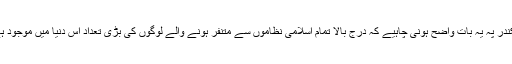
سکندر پہ یہ بات واضح ہونی چاہیے کہ درج بالا تمام اسلامی نظاموں سے متنفر ہونے والے لوگوں کی بڑی تعداد اس دنیا میں موجود ہے۔